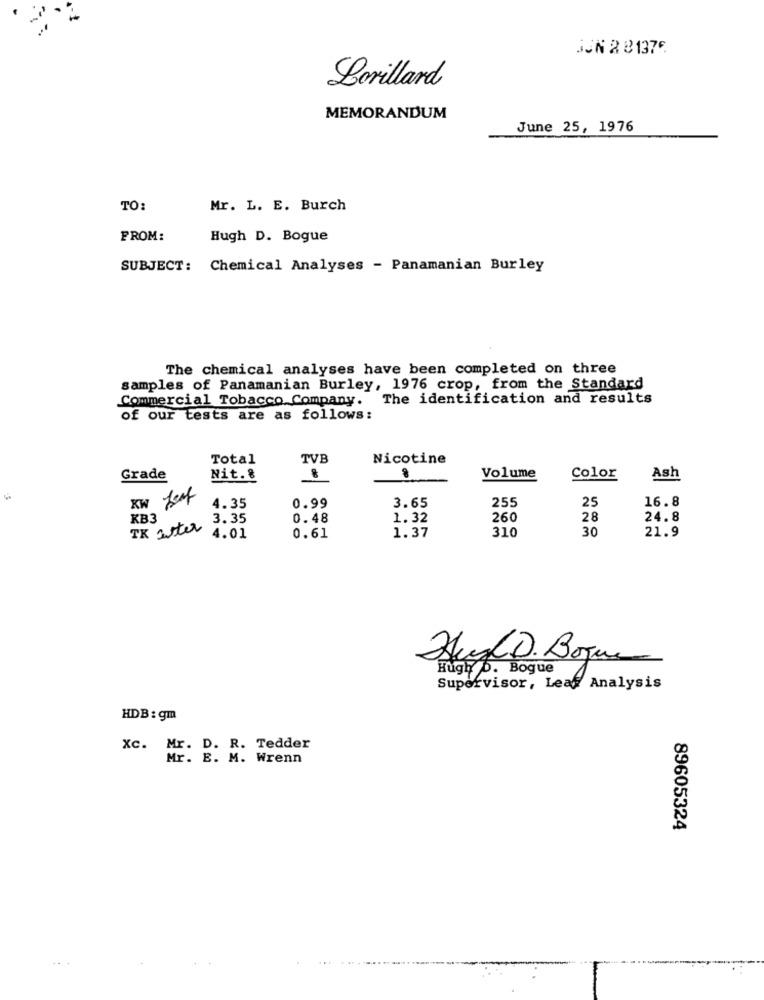
SJN 2 81376
Lorillard
MEMORANDUM
June 25, 1976
TO:
Mr. L. E. Burch
FROM:
Hugh D. Bogue
SUBJECT: Chemical Analyses - Panamanian Burley
The chemical analyses have been completed on three
samples of Panamanian Burley, 1976 crop, from the Standard
Commercial Tobacco Company. The identification and results
of our tests are as follows:
Total
TVB
Nicotine
Grade
Nit. 8
Volume
Color
Ash
KW Leaf
16.8
4.35
0.99
3.65
255
25
KB3
3.35
0.48
1.32
260
28
24.8
TK aster
1.37
310
30
21.9
4.01
0.61
Hugh D. Bogue
Hugh D. Bogue
Supervisor, Leaf Analysis
HDB : gm
Xc. Mr. D. R. Tedder
Mr. E. M. Wrenn
89605324
... ........................